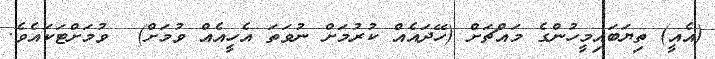
(އެއީ) ތިޔަބައިމީހުންގެ މައްޗަށް (ހޭދައެއް ކުރުމަށް ނުވަތަ އެހީއެއް ވުމަށް)  ވުމަށްޓަކައެވެ.